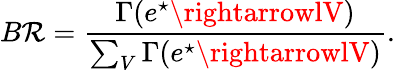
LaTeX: B\mathcal{R}=\frac{{\Gamma(e^{\star}\rightarrowlV)}}{{\sum_{V}\Gamma(e^{\star}\rightarrowlV)}}.